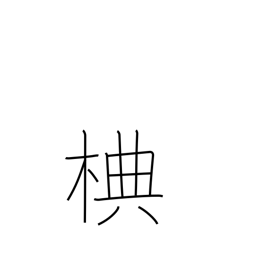
Meaning: type of deciduous birch tree